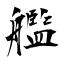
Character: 艦